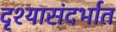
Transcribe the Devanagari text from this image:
दृश्यासंदर्भात